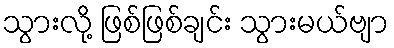
သွားလို့ ဖြစ်ဖြစ်ချင်း သွားမယ်ဗျာ